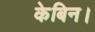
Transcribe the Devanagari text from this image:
केबिन।